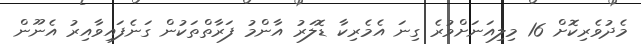
މެދުވެރިކޮށް 16 މިލިއަނަށްވުރެ ގިނަ އެމެރިކާ ޑޮލަރު އާންމު ފަރާތްތަކުން ގަނެފައިވާއިރު އެނޫން